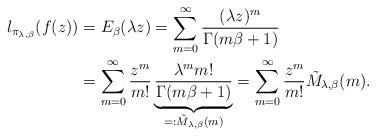
LaTeX: \begin{align*}l_{\pi_{\lambda,\beta}}(f(z)) & =E_{\beta}(\lambda z)=\sum_{m=0}^{\infty}\frac{(\lambda z)^{m}}{\Gamma(m\beta+1)}\\ & =\sum_{m=0}^{\infty}\frac{z^{m}}{m!}\underbrace{\frac{\lambda^{m}m!}{\Gamma(m\beta+1)}}_{=:\tilde{M}_{\lambda,\beta}(m)}=\sum_{m=0}^{\infty}\frac{z^{m}}{m!}\tilde{M}_{\lambda,\beta}(m).\end{align*}